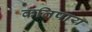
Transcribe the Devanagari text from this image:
कतिपाय